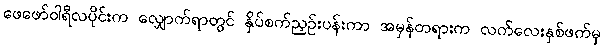
ဖေဖော်ဝါရီလပိုင်းက လျှောက်ရာတွင် နှိပ်စက်ညှဉ်းပန်းကာ အမှန်တရားက လက်လေးနှစ်ဖက်မှ